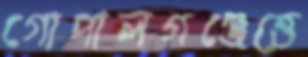
গোপালগঞ্জেত্তে